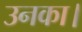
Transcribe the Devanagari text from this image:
उनका।